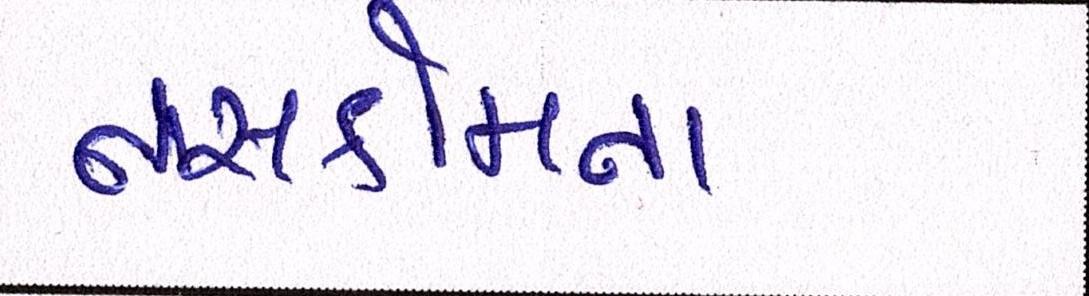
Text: નાસકોમના